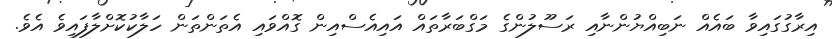
އިރާގުގައިވާ ބައެއް ނަބިއްޔުންނާއި ރަސޫލުންގެ މަގްބަރާތައް އައިއެސްއިން ގޮއްވައި އެތަންތަން ހަލާކުކޮށްލާފައިވެ އެވެ.